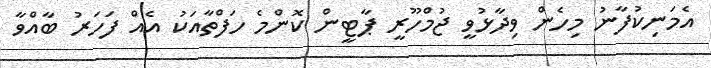
އެމަނިކުފާނު މިހެން ވިދާޅުވީ ޖުމްހޫރީ ޕާޓީން ކޮންމެ ހަފްތާއަކު އެއް ފަހަރު ބާއްވާ